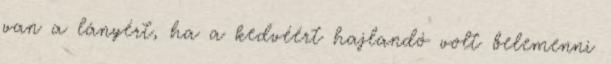
van a lányért, ha a kedvéért hajlandó volt belemenni